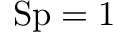
\mathrm { S p } = 1